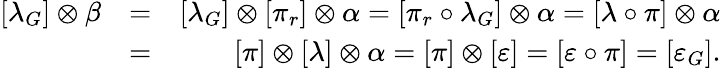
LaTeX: \begin{array}{rlr}{[\lambda_{G}]\otimes\beta}&{=}&{[\lambda_{G}]\otimes[\pi_{r}]\otimes\alpha=[\pi_{r}\circ\lambda_{G}]\otimes\alpha=[\lambda\circ\pi]\otimes\alpha}\\ &{=}&{[\pi]\otimes[\lambda]\otimes\alpha=[\pi]\otimes[\varepsilon]=[\varepsilon\circ\pi]=[\varepsilon_{G}].}\end{array}